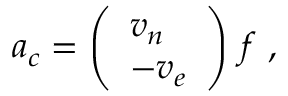
{ \boldsymbol { a } } _ { c } = { \left( \begin{array} { l } { v _ { n } } \\ { - v _ { e } } \end{array} \right) } \ f \ ,